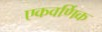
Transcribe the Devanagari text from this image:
एकवर्णिक